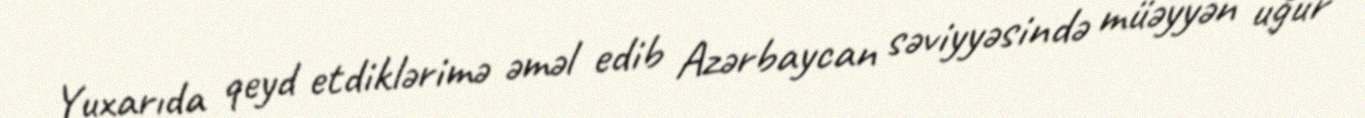
Yuxarıda qeyd etdiklərimə əməl edib Azərbaycan səviyyəsində müəyyən uğur